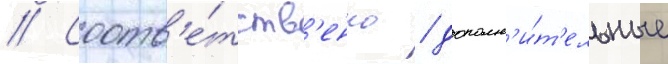
// Соотв'е́тств'енно / дополн'и́т'ельные